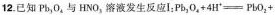
12.已知Pb_{3}O_{4}与HNO_{3}溶液发生反应Ⅰ:$$Pb_{3} O_{4} + 4 H^{+} = Pb O_{2} +